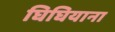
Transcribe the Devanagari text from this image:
घिघियाना